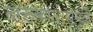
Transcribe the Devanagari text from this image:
दारुकोठारामुळे